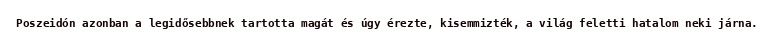
Poszeidón azonban a legidősebbnek tartotta magát és úgy érezte, kisemmizték, a világ feletti hatalom neki járna.